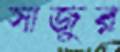
সাজুর